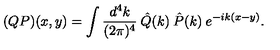
( Q P ) ( x , y ) = \int \frac { d ^ { 4 } k } { ( 2 \pi ) ^ { 4 } } \: \hat { Q } ( k ) \: \hat { P } ( k ) \: e ^ { - i k ( x - y ) } .